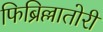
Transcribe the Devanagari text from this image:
फिब्रिल्लातोरी